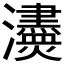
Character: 𤄼